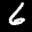
Label: 6